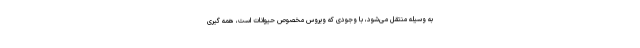
به وسیله منتقل می‌شود، با وجودی که ویروس مخصوص حیوانات است، همه گیری